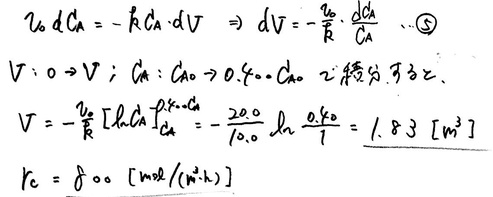
\[
\begin{align*}
v_0 dC_A&=-kC_A\cdot dV \Rightarrow dV = -\frac{v_0}{k}\cdot\frac{dC_A}{C_A} \quad \textcircled{5}\\
V:0\rightarrow V; \quad C_A:C_{A0}\rightarrow 0.1C_{A0}&\quad \text{积分可得}\\
V&=-\frac{v_0}{k}\int_{C_{A0}}^{0.1C_{A0}}\frac{dC_A}{C_A}=-\frac{20.0}{10.0}\ln\frac{0.1C_{A0}}{C_{A0}} = 1.83 \ [m^3]\\
k&= 10.0 \ [mol/(m^3\cdot h)]
\end{align*}
\]